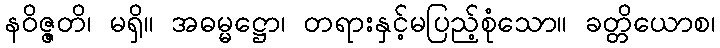
နဝိဇ္ဇတိ၊ မရှိ။ အဓမ္မဋ္ဌော၊ တရားနှင့်မပြည့်စုံသော။ ခတ္တိယောစ၊